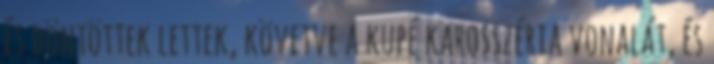
és döntöttek lettek, követve a kupé karosszéria vonalát, és